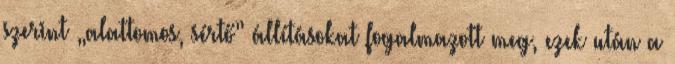
szerint „alattomos, sértő” állításokat fogalmazott meg, ezek után a